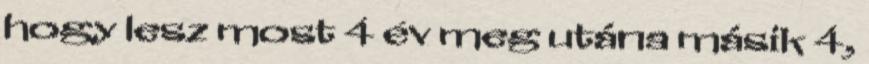
hogy lesz most 4 év meg utána másik 4,